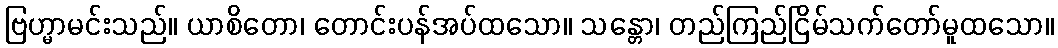
ဗြဟ္မာမင်းသည်။ ယာစိတော၊ တောင်းပန်အပ်ထသော။ သန္တော၊ တည်ကြည်ငြိမ်သက်တော်မူထသော။